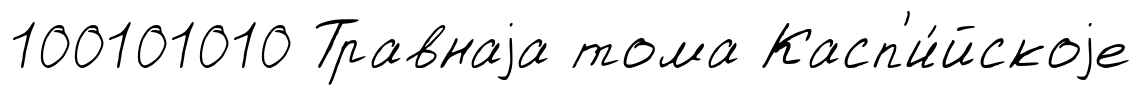
100101010 Травнаjа тома Касп'и́йскоjе